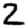
Digit: 2